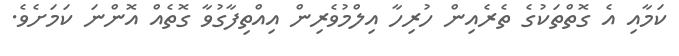
ކަމާއި އެ ގޮތްތަކުގެ ތެރެއިން ހުރިހާ އިލްމުވެރިން އިއްތިފާގުވާ ގޮތެއް އޮންނަ ކަމަށެވެ.